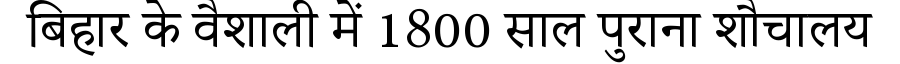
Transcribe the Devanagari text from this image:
बिहार के वैशाली में 1800 साल पुराना शौचालय